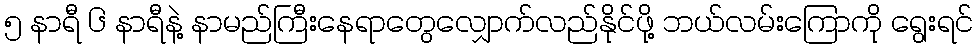
၅ နာရီ ၆ နာရီနဲ့ နာမည်ကြီးနေရာတွေလျှောက်လည်နိုင်ဖို့ ဘယ်လမ်းကြောကို ရွေးရင်